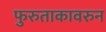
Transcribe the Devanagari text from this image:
फुरुताकावरुन